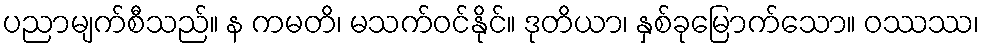
ပညာမျက်စီသည်။ န ကမတိ၊ မသက်ဝင်နိုင်။ ဒုတိယာ၊ နှစ်ခုမြောက်သော။ ဝဿဿ၊